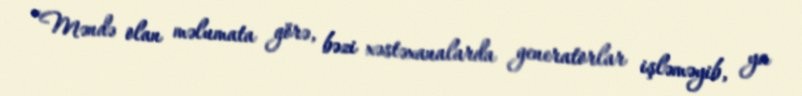
“Məndə olan məlumata görə, bəzi xəstəxanalarda generatorlar işləməyib, ya